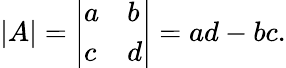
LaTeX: \begin{array}{r}{|A|={\left|\begin{array}{ll}{a}&{b}\\ {c}&{d}\end{array}\right|}=ad-bc.}\end{array}